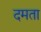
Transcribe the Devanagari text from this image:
दमता